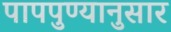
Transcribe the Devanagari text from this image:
पापपुण्यानुसार